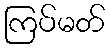
ကြပ်မတ်